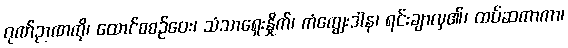
ဂုဏ်ဉာဏကို၊ ထောင်စစဉ်ဝေး၊ သံသာရှေးနှိုက်၊ ကံကျွေးဒါန၊ ရင်းချာလှ၏၊ ထပ်ဆကာကာ၊